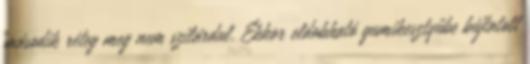
második réteg meg nem szilárdul. Ekkor eldobható gumikesztyűbe bújtatott